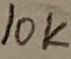
Text: 10K